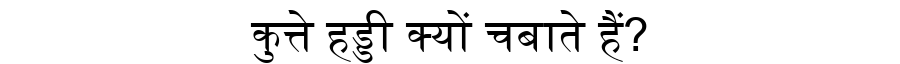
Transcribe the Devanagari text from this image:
कुत्ते हड्डी क्यों चबाते हैं?